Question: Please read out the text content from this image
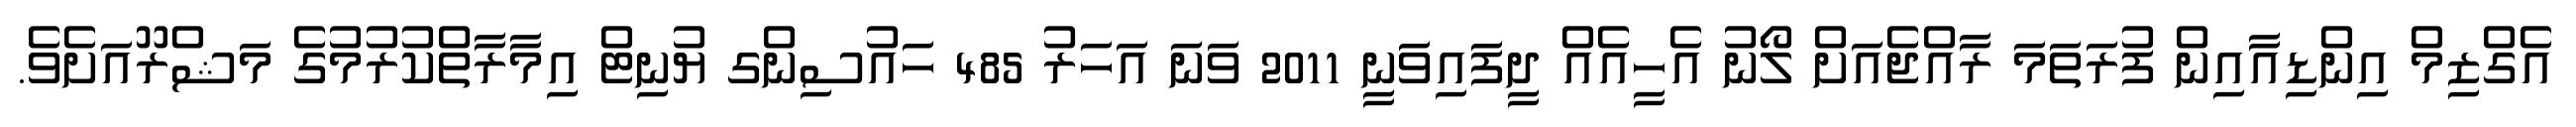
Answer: އެގްޒިމް އިންޑިއާއިން ފުރަތަމަ ރާއްޖެއަށް ލޯނު އެހީއެއް ދީފައިވަނީ 2011 ވަނަ އަހަރު 485 ހައުސިންގ ޔުނިޓް އިމާރާތްކުރުމުގެ މަޝްރޫއަށެވެ.